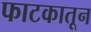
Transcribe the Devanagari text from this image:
फाटकातून